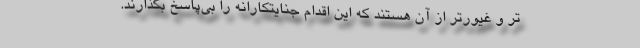
تر و غیورتر از آن هستند که این اقدام جنایتکارانه را بی‌پاسخ بگذارند.